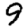
Digit: 9